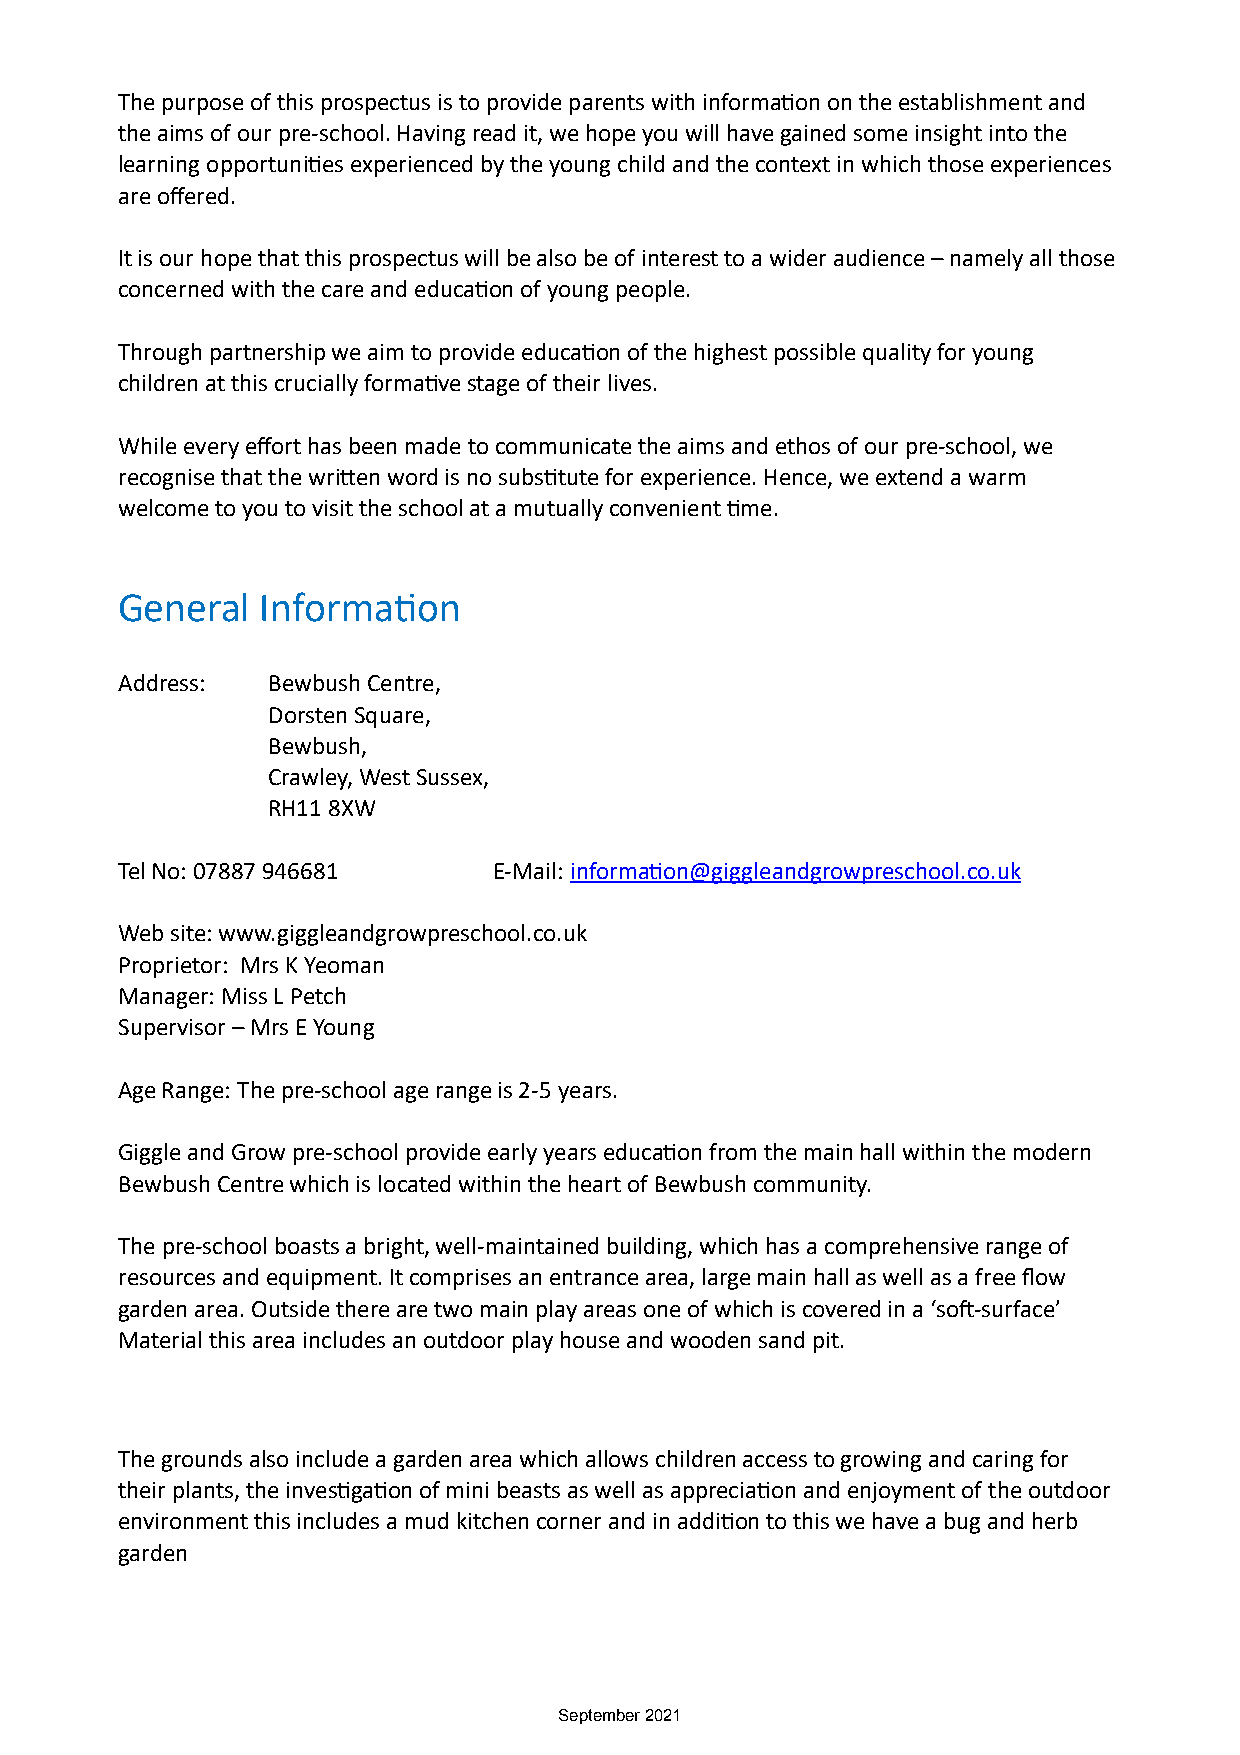
The purpose of this prospectus is to provide parents with informaDon on the establishment and
 the aims of our pre-school. Having read it, we hope you will have gained some insight into the
 learning opportuniDes experienced by the young child and the context in which those experiences
 are offered.
 It is our hope that this prospectus will be also be of interest to a wider audience – namely all those
 concerned with the care and educaDon of young people.
 Through partnership we aim to provide educaDon of the highest possible quality for young
 children at this crucially formaDve stage of their lives.
 While every effort has been made to communicate the aims and ethos of our pre-school, we
 recognise that the wriOen word is no subsDtute for experience. Hence, we extend a warm
 welcome to you to visit the school at a mutually convenient Dme.
 General  InformaDon
 Address:  Bewbush Centre,
 Dorsten Square,
 Bewbush,
 Crawley, West Sussex,
 RH11 8XW
 Tel No: 07887 946681     E-Mail: informaDon@giggleandgrowpreschool.co.uk
 Web site: www.giggleandgrowpreschool.co.uk
 Proprietor: Mrs K Yeoman
 Manager: Miss L Petch
 Supervisor – Mrs E Young
 Age Range: The pre-school age range is 2-5 years.
 Giggle and Grow pre-school provide early years educaDon from the main hall within the modern
 Bewbush Centre which is located within the heart of Bewbush community.
 The pre-school boasts a bright, well-maintained building, which has a comprehensive range of
 resources and equipment. It comprises an entrance area, large main hall as well as a free flow
 garden area. Outside there are two main play areas one of which is covered in a ‘sod-surface’
 Material this area includes an outdoor play house and wooden sand pit.
 The grounds also include a garden area which allows children access to growing and caring for
 their plants, the invesDgaDon of mini beasts as well as appreciaDon and enjoyment of the outdoor
 environment this includes a mud kitchen corner and in addiDon to this we have a bug and herb
 garden
 September 2021